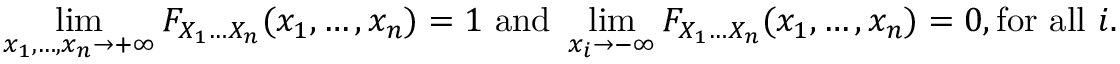
\operatorname* { l i m } _ { x _ { 1 } , \ldots , x _ { n } \rightarrow + \infty } F _ { X _ { 1 } \ldots X _ { n } } ( x _ { 1 } , \ldots , x _ { n } ) = 1 { \mathrm { ~ a n d ~ } } \operatorname* { l i m } _ { x _ { i } \rightarrow - \infty } F _ { X _ { 1 } \ldots X _ { n } } ( x _ { 1 } , \ldots , x _ { n } ) = 0 , { \mathrm { f o r ~ a l l ~ } } i .